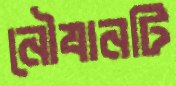
নৌযানটি